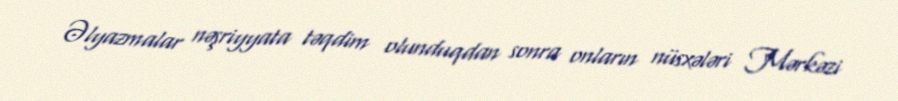
Əlyazmalar nəşriyyata təqdim olunduqdan sonra onların nüsxələri Mərkəzi